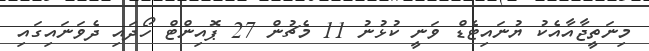
މިނަތީޖާއާއެކު ޔުނައިޓެޑް ވަނީ ކުޅުނު 11 މެޗުން 27 ޕޮއިންޓް ހޯދައި ދެވަނައިގައި